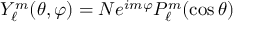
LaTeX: Y _ { \ell } ^ { m } ( \theta , \varphi ) = N e ^ { i m \varphi } P _ { \ell } ^ { m } ( \cos { \theta } )